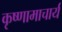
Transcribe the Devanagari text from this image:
कृष्णामाचार्य